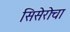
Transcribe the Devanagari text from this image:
सिसेरोचा